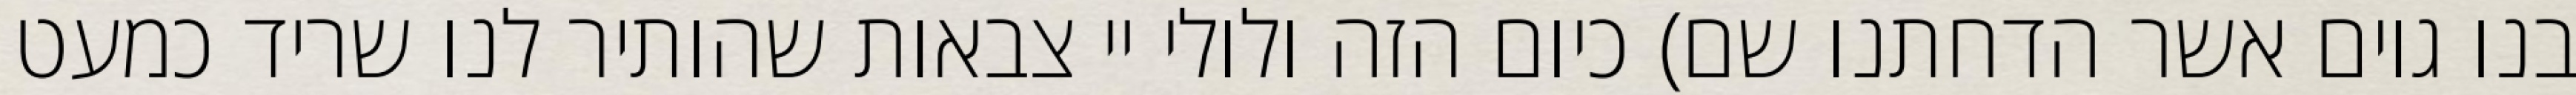
בנו גוים אשר הדחתנו שם) כיום הזה ולולי יי צבאות שהותיר לנו שריד כמעט